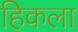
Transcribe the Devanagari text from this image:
हिकला